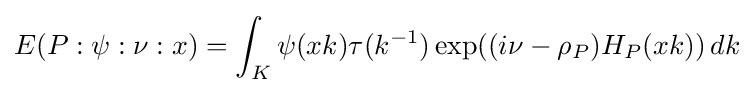
\displaystyle E(P:\psi :\nu :x)=\int _{K}\psi (xk)\tau (k^{-1})\exp((i\nu -\rho _{P})H_{P}(xk))\,dk